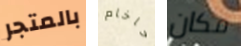
بالمتجر حاخام مكان